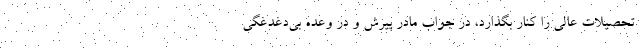
تحصيلات عالي را كنار بگذارد، در جواب مادر پيرش و در وعده بي‌دغدغگي